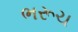
ભરૂચ